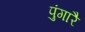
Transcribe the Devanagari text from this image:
पुंगारै